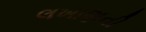
લખાણની